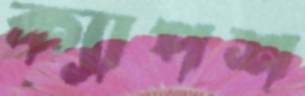
ক্যাপশ